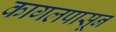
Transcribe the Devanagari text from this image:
कागलपासून